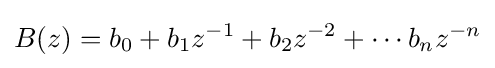
B(z)=b_{0}+b_{1}z^{-1}+b_{2}z^{-2}+\cdots b_{n}z^{-n}